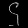
Digit: ၄